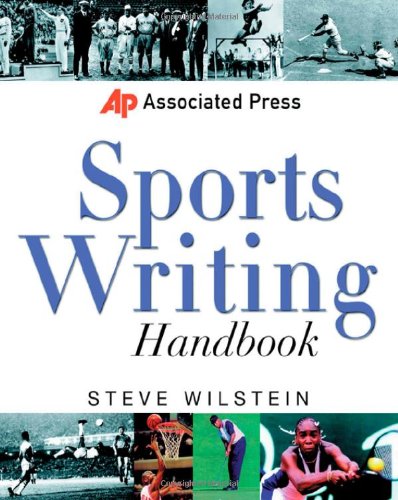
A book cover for Associated Press Sports Writing Handbook; Steve Wilstein; Arts & Photography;